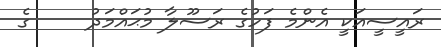
ރައީސީއަކީ އެންމެ ފަހުގެ ރަސޫލާ މުޙައްމަދު     ގެ